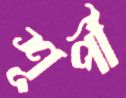
শূর্পী